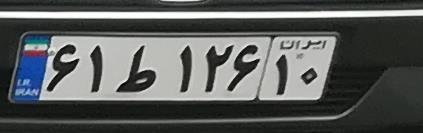
۶۱ط۱۲۶۱۰